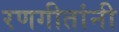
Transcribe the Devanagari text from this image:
रणगीतांनी